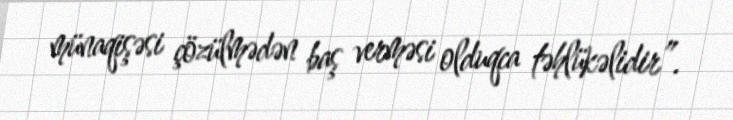
münaqişəsi çözülmədən baş verməsi olduqca təhlükəlidir”.